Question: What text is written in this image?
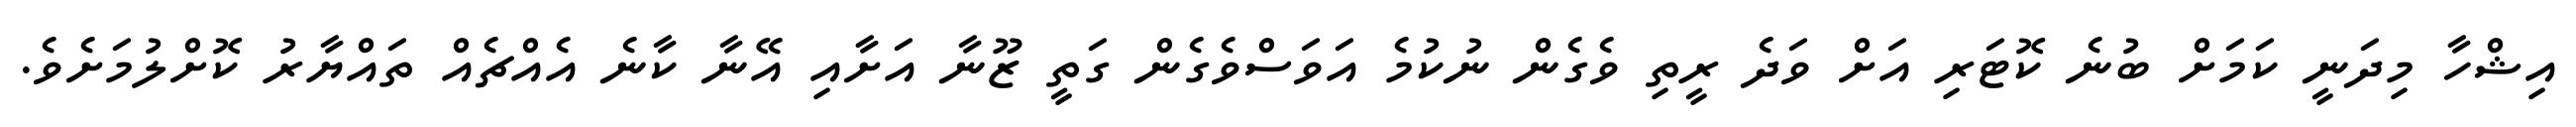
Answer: އިޝްހާ މިދަނީ ކަމަށް ބުނެ ކޮޓަރި އަށް ވަދެ ރީތި ވެގެން ނުކުމެ އަވަސްވެގެން ގަތީ ޒޫނާ އަށާއި އޭނާ ކާނެ އެއްޗެއް ތައްޔާރު ކޮށްލުމަށެވެ.